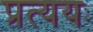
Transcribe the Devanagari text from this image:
प्रत्ययः